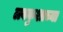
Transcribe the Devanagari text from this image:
लवकुशाच्या